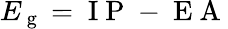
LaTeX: E_{\mathrm{~g~}}=\mathrm{~I~P~}-\mathrm{~E~A~}